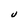
Character: U